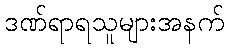
ဒဏ်ရာရသူများအနက်